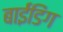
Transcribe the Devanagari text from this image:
बाईंडिंग